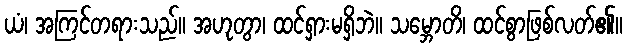
ယံ၊ အကြင်တရားသည်။ အဟုတွာ၊ ထင်ရှားမရှိဘဲ။ သမ္ဘောတိ၊ ထင်စွာဖြစ်လတ်၏။